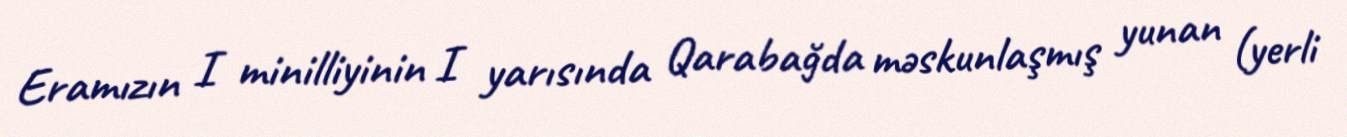
Eramızın I minilliyinin I yarısında Qarabağda məskunlaşmış yunan (yerli